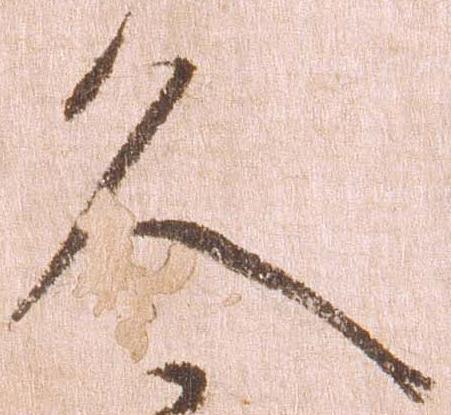
久